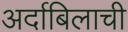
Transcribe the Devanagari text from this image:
अर्दाबिलाची